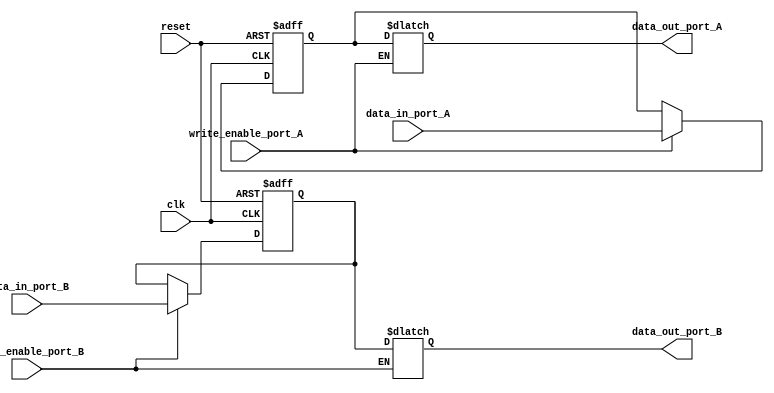
module dual_port_bypass_register (
  input wire clk,
  input wire reset,
  input wire [31:0] data_in_port_A,
  input wire write_enable_port_A,
  input wire [31:0] data_in_port_B,
  input wire write_enable_port_B,
  output reg [31:0] data_out_port_A,
  output reg [31:0] data_out_port_B
);

reg [31:0] buffer_A;
reg [31:0] buffer_B;

always @(posedge clk or posedge reset) begin
  if (reset) begin
    buffer_A <= 32'h0;
    buffer_B <= 32'h0;
  end else begin
    if (write_enable_port_A) begin
      buffer_A <= data_in_port_A;
    end
    if (write_enable_port_B) begin
      buffer_B <= data_in_port_B;
    end
  end
end

always @(*) begin
  if (write_enable_port_A) begin
    data_out_port_A <= buffer_A;
  end else begin
    data_out_port_A <= data_out_port_A;
  end
  
  if (write_enable_port_B) begin
    data_out_port_B <= buffer_B;
  end else begin
    data_out_port_B <= data_out_port_B;
  end
end

endmodule